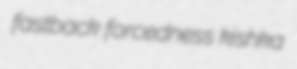
fastback forcedness kishka